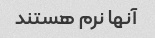
آنها نرم هستند